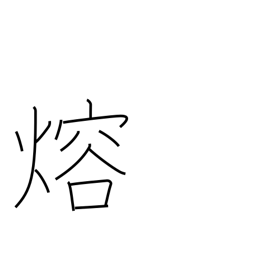
Meaning: fuse